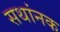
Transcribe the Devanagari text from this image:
सथांनक